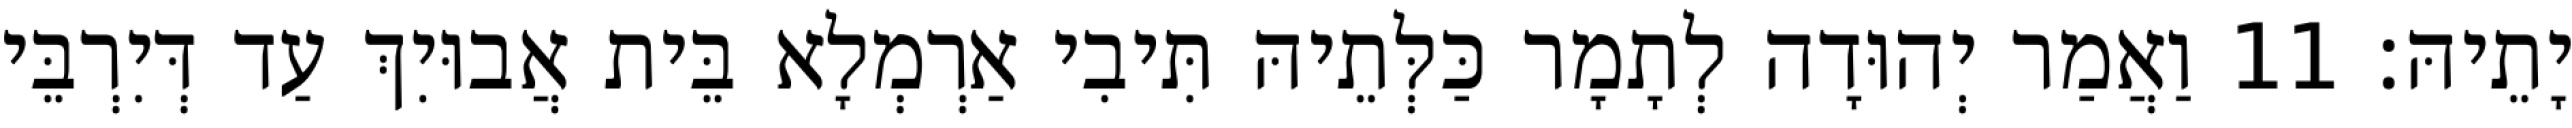
יָתֵיהּ׃ 11 וַאֲמַר יְהוּדָה לְתָמָר כַּלְּתֵיהּ תִּיבִי אַרְמְלָא בֵּית אֲבוּיִךְ עַד דְּיִרְבֵּי